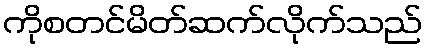
ကိုစတင်မိတ်ဆက်လိုက်သည်